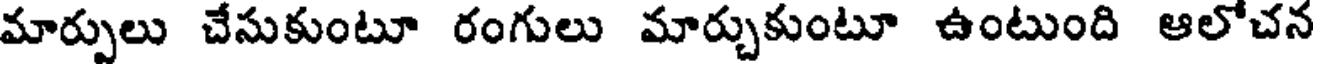
మార్పులు చేసుకుంటూ రంగులు మార్చుకుంటూ ఉంటుంది ఆలోచన